Insane asylums in Bengal annual reports 1867-1875 - 1867-1875
Year: 1867
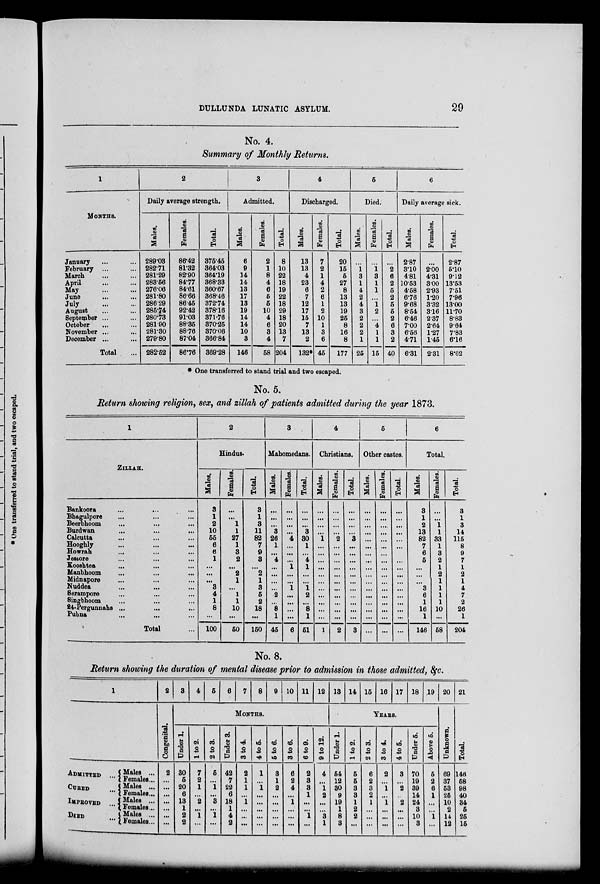
DULLUNDA LUNATIC ASYLUM.
29
No. 4.
Summary of Monthly Returns.
1
MONTHS.
January ... ...
February ... ...
March ... ...
April ... ...
May ... ...
June ... ...
July
...
...
August ... ...
September ... ...
October ... ...
November ... ...
December ... ...
Total ...
2
Daily average strength.
Males.
289.03
282.71
281.29
283.56
276.06
281.80
286.29
285.74
280.73
281.90
281.30
279.80
282.52
Females.
86.42
81.32
82.90
84.77
84.61
86.66
86.45
92.42
91.03
88.35
88.76
87.04
86.76
Total.
375.45
364.03
364.19
368.33
360.67
368.46
372.74
378.16
371.76
370.25
370.06
366.84
369.28
3
Admitted.
Males.
6
9
14
14
13
17
13
19
14
14
10
3
146
Females.
2
1
8
4
6
5
5
10
4
6
3
4
58
Total.
8
10
22
18
19
22
18
29
18
20
13
7
204
4
Discharged.
Males.
13
13
4
23
6
7
12
17
15
7
13
2
132*
Females.
7
2
1
4
2
6
1
2
10
1
3
6
45
Total.
20
15
5
27
8
13
13
19
25
8
16
8
177
5
Died.
Males.
...
1
3
1
4
2
4
3
2
2
2
1
25
Females.
...
1
3
1
1
...
1
2
...
4
1
1
15
Total.
...
2
6
2
5
2
5
5
2
6
3
2
40
6
Daily average sick.
Males.
2.87
3.10
4.81
10.53
4.58
6.76
9.68
8.54
6.46
7.00
6.56
4.71
6.31
Females.
...
2.00
4.31
3.00
2.93
1.20
3.32
3.16
2.37
2.64
1.27
1.45
2.31
Total.
2.87
5.10
9.12
13.53
7.51
7.96
13.00
11.70
8.83
9.64
7.83
6.16
8.62
* One transferred to stand trial and two escaped.
No.5
Return showing religion, sex, and zillah of patients admitted during the year 1873.
1
ZILLAH.
Bankoora ... ... ...
Bhagulpore ... ... ...
Beerbhoom ... ... ...
Burdwan ... ... ...
Calcutta ... ... ...
Hooghly ... ... ...
Howrah ... ... ...
Jessore ... ... ...
Kooshtea ... ... ...
Manbhoom ... ... ...
Midnapore ... ... ...
Nuddea ... ... ...
Serampore ... ... ...
Singbhoom ... ... ...
24-Pergunnahs ... ... ...
Pubna ... ... ...
Total ...
2
Hindus.
Males.
3
1
2
10
55
6
6
1
...
...
...
3
4
1
8
...
100
Females.
...
...
1
1
27
1
3
2
...
2
1
...
1
1
10
...
50
Total.
3
1
3
11
82
7
9
3
...
2
1
3
5
2
18
...
150
3
Mahomedans.
Males.
...
...
...
3
26
1
...
4
...
...
...
...
2
...
8
1
45
Females.
...
...
...
...
4
...
...
...
1
...
...
1
...
...
...
...
6
Total.
...
...
...
3
30
1
...
4
1
...
...
1
2
...
8
1
51
4
Christians.
Males.
...
...
...
...
1
...
...
...
...
...
...
...
...
...
...
...
1
Females.
...
...
...
...
2
...
...
...
...
...
...
...
...
...
...
...
2
Total.
...
...
...
...
3
...
...
...
...
...
...
...
...
...
...
...
3
5
Other castes.
Males.
...
...
...
...
...
...
...
...
...
...
...
...
...
...
...
...
...
Females.
...
...
...
...
...
...
...
...
...
...
...
...
...
...
...
...
...
Total.
...
...
...
...
...
...
...
...
...
...
...
...
...
...
...
...
...
6
Total.
Males.
3
1
2
13
82
7
6
5
...
...
...
3
6
1
16
1
146
Females.
...
...
1
1
33
1
3
2
1
2
1
1
1
1
10
...
58
Total.
3
1
3
14
115
8
9
7
1
2
1
4
7
2
26
1
204
No. 8.
Return showing the duration of mental disease prior to admission in those admitted, &c.
1
ADMITTED ...
CURED ...
IMPROVED ...
DIED ...
Males . . .
Females...
Males ...
Females...
Males ...
Females...
Males ...
Females...
2
Congenital.
2
...
...
...
...
...
...
...
3
4
5
6
7 8 9 10 11 12
MONTHS.
Under 1.
30
5
20
6
13
1
2
2
l to 2.
7
2
1
...
2
...
1
...
2 to 3.
5
...
1
...
3
...
1
...
Under 3.
42
7
22
6
18
1
4
2
3 to 4.
2
1
1
...
1
...
...
...
4 to 5.
1
...
1
...
...
...
...
...
5 to 6.
3
1
2
...
...
...
...
...
3 to 6.
6
2
4
...
1
...
...
...
6 to 9.
2
3
3
1
...
...
1
...
9 to 12.
4
...
1
2
...
...
3
1
13 14 15 16 17 18 19
YEARS.
Under 1.
54
12
30
9
19
1
8
3
l to 2.
5
5
3
3
1
2
2
...
2 to 3.
6
2
3
2
1
...
...
...
3 to 4.
2
...
1
...
1
...
...
...
4 to 5.
3
...
2
...
2
...
...
...
Under 5.
70
19
39
14
24
3
10
3
Above 5.
5
2
6
1
...
...
1
...
20
Unknown.
69
37
53
25
10
2
14
12
21
Total.
146
58
98
40
34
5
25
15